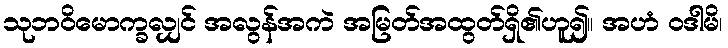
သုဘဝိမောက္ခလျှင် အလွန်အကဲ အမြတ်အထွတ်ရှိ၏ဟူ၍။ အဟံ ဝဒါမိ၊